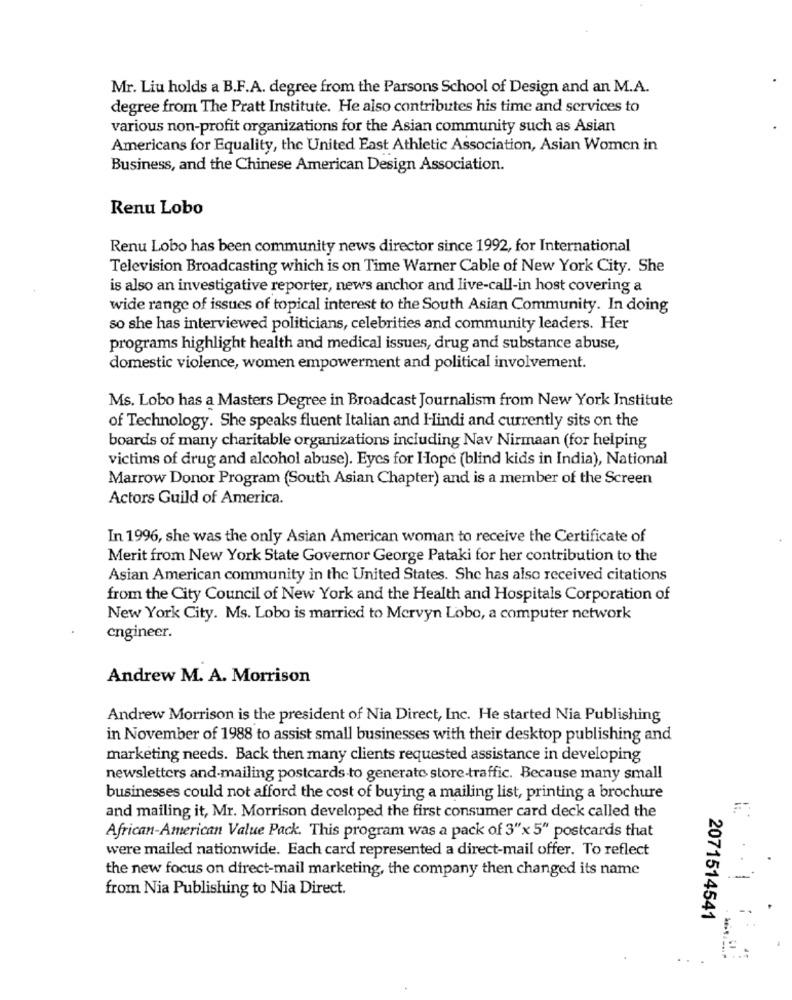
Mr. Liu holds a B.F.A. degree from the Parsons School of Design and an M.A.
degree from The Pratt Institute. He also contributes his time and services to
various non-profit organizations for the Asian community such as Asian
Americans for Equality, the United East Athletic Association, Asian Women in
Business, and the Chinese American Design Association.
Renu Lobo
Renu Lobo has been community news director since 1992, for International
Television Broadcasting which is on Time Warner Cable of New York City. She
is also an investigative reporter, news anchor and live-call-in host covering a
wide range of issues of topical interest to the South Asian Community. In doing
so she has interviewed politicians, celebrities and community leaders. Her
programs highlight health and medical issues, drug and substance abuse,
domestic violence, women empowerment and political involvement.
Ms. Lobo has a Masters Degree in Broadcast Journalism from New York Institute
of Technology. She speaks fluent Italian and Hindi and currently sits on the
boards of many charitable organizations including Nav Nirmaan (for helping
victims of drug and alcohol abuse). Eyes for Hope (blind kids in India), National
Marrow Donor Program (South Asian Chapter) and is a member of the Screen
Actors Guild of America.
In 1996, she was the only Asian American woman to receive the Certificate of
Merit from New York State Governor George Pataki for her contribution to the
Asian American community in the United States. She has also received citations
from the City Council of New York and the Health and Hospitals Corporation of
New York City. Ms. Lobo is married to Mervyn Lobo, a computer network
engineer.
Andrew M. A. Morrison
Andrew Morrison is the president of Nia Direct, Inc. He started Nia Publishing
in November of 1988 to assist small businesses with their desktop publishing and
marketing needs. Back then many clients requested assistance in developing
newsletters and-mailing postcards to generate store-traffic. Because many small
businesses could not afford the cost of buying a mailing list, printing a brochure
and mailing it, Mr. Morrison developed the first consumer card deck called the
African-American Value Pack. This program was a pack of 3"x 5" postcards that
were mailed nationwide. Each card represented a direct-mail offer. To reflect
the new focus on direct-mail marketing, the company then changed its name
from Nia Publishing to Nia Direct.
2071514541